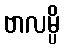
ဗာလမ္ပိ